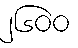
၂၆၀၀